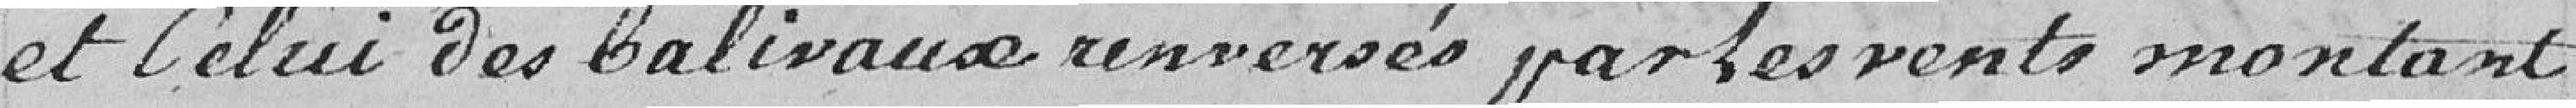
et celui des balivaux renversés par les ventes montant